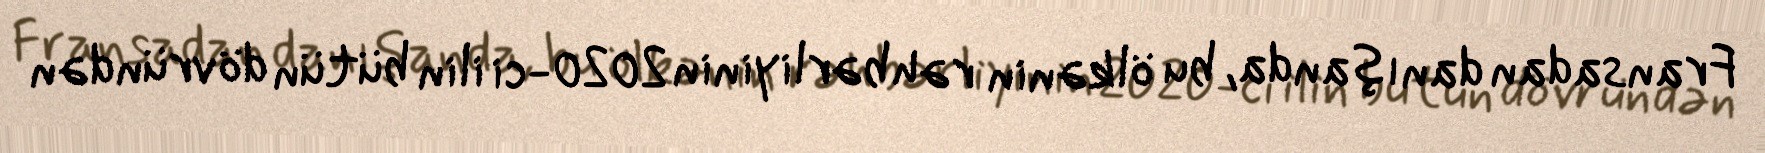
Fransadan danışanda, bu ölkənin rəhbərliyinin 2020-ci ilin bütün dövründən